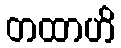
တထာဟိ